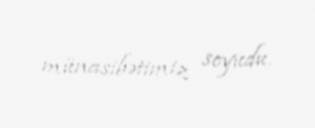
münasibətimiz soyudu.